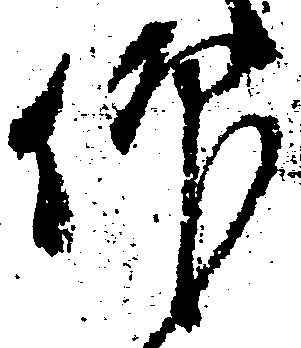
仰